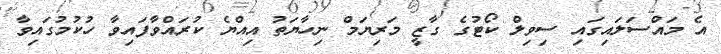
އެ މައްސަލައިގައި ސިވިލް ކޯޓުގެ ގާޒީ މަރިޔަމް ނިހާޔަތު އިއްޔެ ކުރައްވާފައިވާ ހުކުމުގައިވާ